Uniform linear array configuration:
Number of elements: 64
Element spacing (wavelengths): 0.75
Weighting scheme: kaiser
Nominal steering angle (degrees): -45
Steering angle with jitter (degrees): -43.687
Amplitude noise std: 0.05
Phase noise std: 0.05

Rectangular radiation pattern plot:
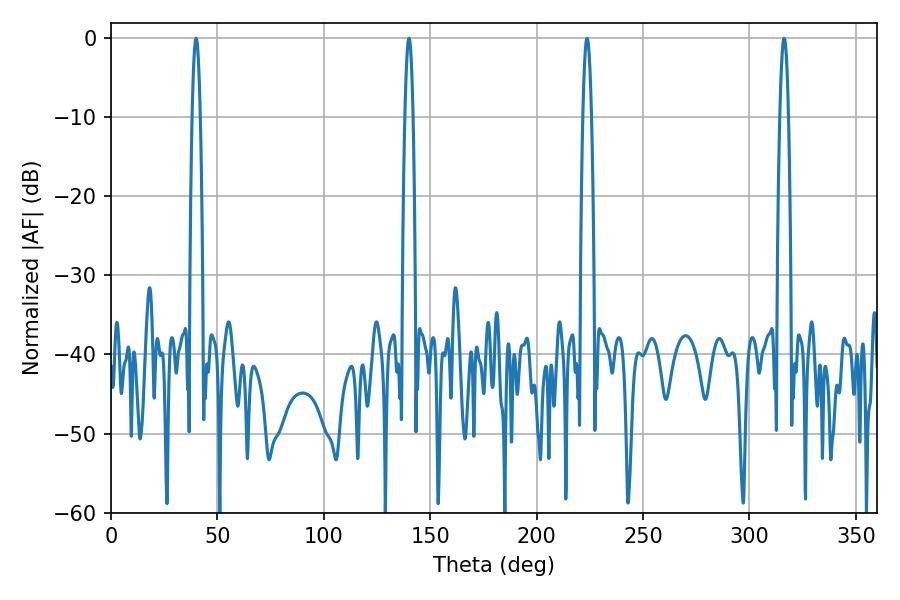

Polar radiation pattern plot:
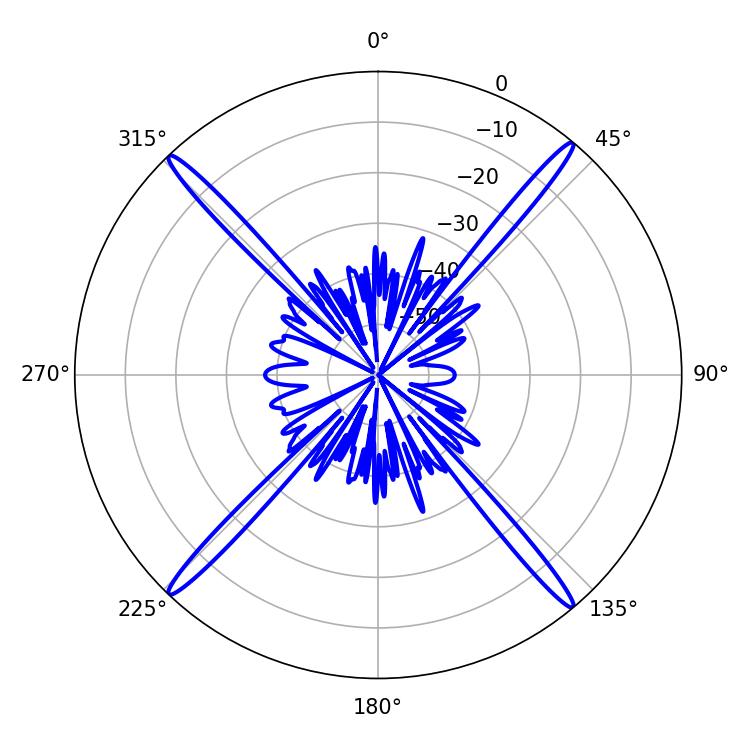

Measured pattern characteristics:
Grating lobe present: TRUE
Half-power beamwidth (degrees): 1.98
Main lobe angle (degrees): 39.96